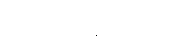
အသုံးပြုနေကြောင်း